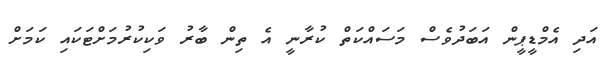
އަދި އެމްޑީޕީން އަބަދުވެސް މަސައްކަތް ކުރާނީ އެ ތިން ބާރު ވަކިކުރުމަށްޓަކައި ކަމަށް